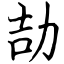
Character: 劼